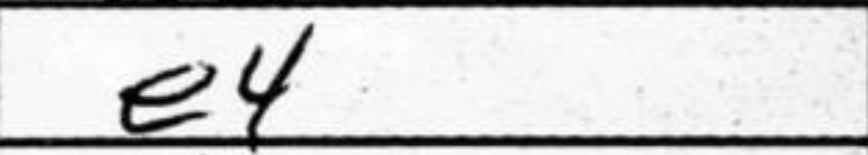
Transcription: e4